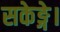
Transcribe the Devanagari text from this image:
सकेङ्गे।